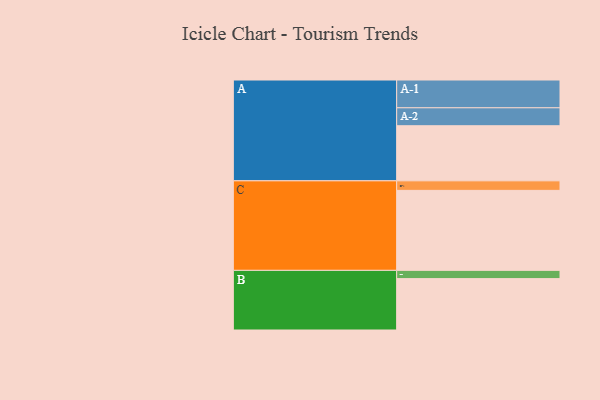
{"axis": {"x": "Segment", "y": "Value"}, "legend": ["", "A", "B", "C"], "data": [{"x": "A", "y": 341, "type": ""}, {"x": "B", "y": 318, "type": ""}, {"x": "C", "y": 495, "type": ""}, {"x": "A-1", "y": 172, "type": "A"}, {"x": "A-2", "y": 111, "type": "A"}, {"x": "B-1", "y": 51, "type": "B"}, {"x": "C-1", "y": 59, "type": "C"}]}